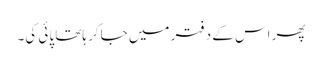
پھر اس کے دفتر میں جاکر ہاتھا پائی کی۔